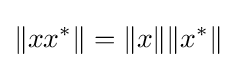
\lVert xx^{*}\rVert =\lVert x\rVert \lVert x^{*}\rVert